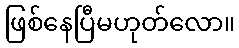
ဖြစ်နေပြီမဟုတ်လော။